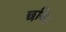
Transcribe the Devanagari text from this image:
छवि।